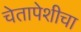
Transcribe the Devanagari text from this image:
चेतापेशीचा